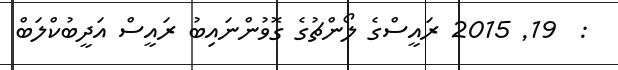
:  19